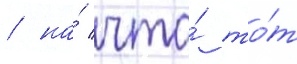
/ на́ что́ то́т